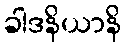
ခါဒနိယာနိ